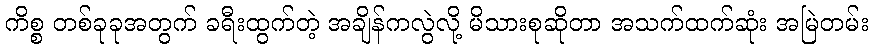
ကိစ္စ တစ်ခုခုအတွက် ခရီးထွက်တဲ့ အချိန်ကလွဲလို့ မိသားစုဆိုတာ အသက်ထက်ဆုံး အမြဲတမ်း